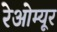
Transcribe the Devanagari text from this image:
रेओम्यूर